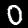
Label: 0